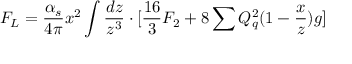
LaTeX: F _ { L } = \frac { \alpha _ { s } } { 4 \pi } x ^ { 2 } \int \frac { d z } { z ^ { 3 } } \cdot [ \frac { 1 6 } { 3 } F _ { 2 } + 8 \sum Q _ { q } ^ { 2 } ( 1 - \frac { x } { z } ) g ]